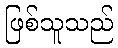
ဖြစ်သူသည်